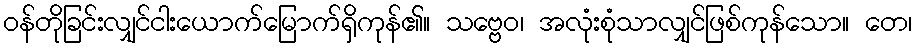
ဝန်တိုခြင်းလျှင်ငါးယောက်မြောက်ရှိကုန်၏။ သဗ္ဗေဝ၊ အလုံးစုံသာလျှင်ဖြစ်ကုန်သော။ တေ၊